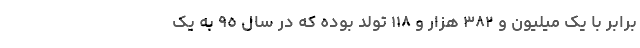
برابر با یک میلیون و ٣٨٢ هزار و ١١٨ تولد بوده که در سال ٩٥ به یک